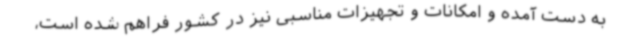
به دست آمده و امکانات و تجهیزات مناسبی نیز در کشور فراهم شده است،